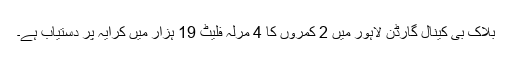
بلاک بی کینال گارڈن لاہور میں 2 کمروں کا 4 مرلہ فلیٹ 19 ہزار میں کرایہ پر دستیاب ہے۔